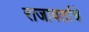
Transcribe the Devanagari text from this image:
राजावर्ताचे